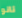
تانو